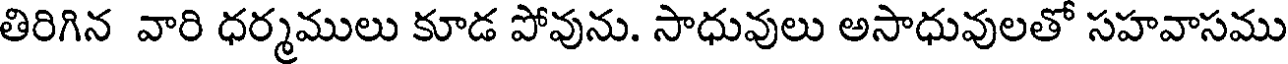
తిరిగిన వారి ధర్మములు కూడ పోవును. సాధువులు అసాధువులతో సహవాసము